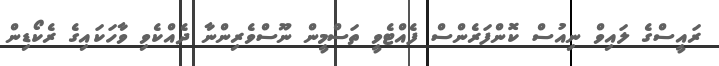
ރައީސްގެ ލައިވް ނިއުސް ކޮންފަރެންސް ފެއްޓެވީ ތަސްމީން ނޫސްވެރިންނާ ދެއްކެވި ވާހަކައިގެ ރެކޯޑިން